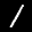
Label: 1